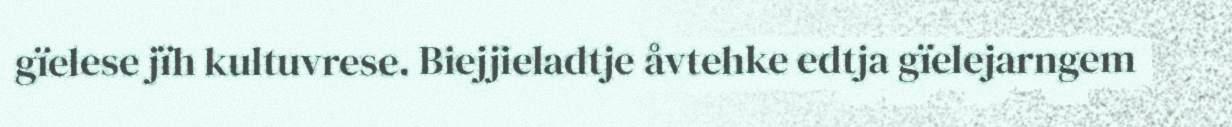
gïelese jïh kultuvrese. Biejjieladtje åvtehke edtja gïelejarngem